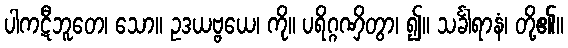
ပါကဋီဘူတေ၊ သော။ ဥဒယဗ္ဗယေ၊ ကို။ ပရိဂ္ဂဏှိတွာ၊ ၍။ သင်္ခါရာနံ၊ တို့၏။